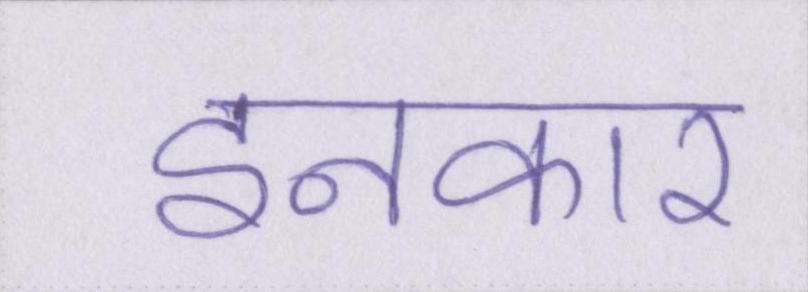
इनकार